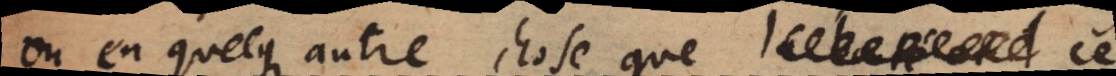
ou en quelque autre chose que la